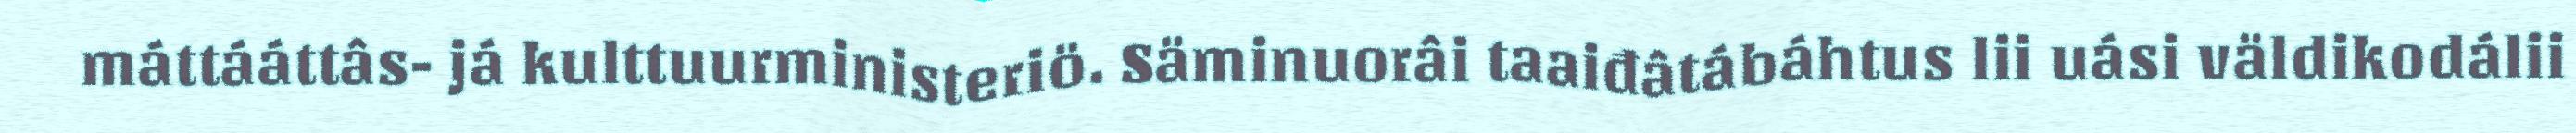
máttááttâs- já kulttuurministeriö. Säminuorâi taaiđâtábáhtus lii uási väldikodálii